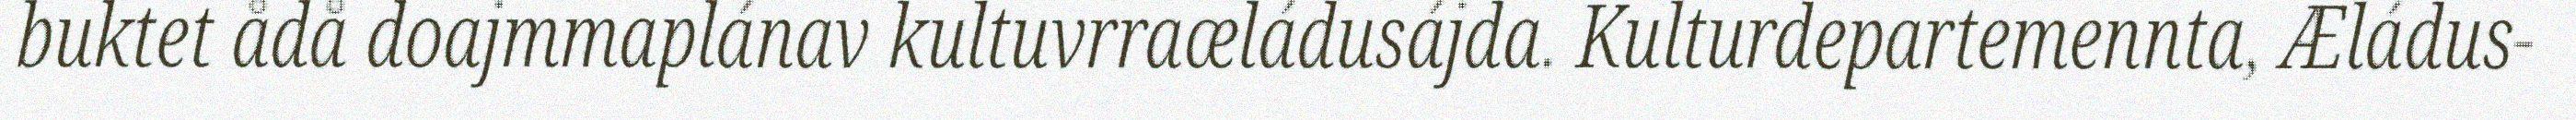
buktet ådå doajmmaplánav kultuvrraæládusájda. Kulturdepartemennta, Æládus-